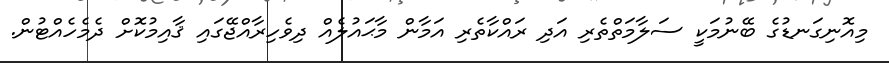
މިއޮނިގަނޑުގެ ބޭނުމަކީ ސަލާމަތްތެރި އަދި ރައްކާތެރި އަމާން މާޙައުލެއް ދިވެހިރާއްޖޭގައި ޤާއިމުކޮށް ދެމެހެއްޓުން.